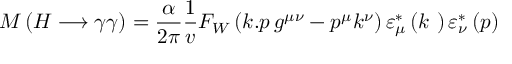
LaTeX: { \cal M } \left( H \longrightarrow \gamma \gamma \right) = \frac { \alpha } { 2 \pi } \frac { 1 } { v } F _ { W } \left( k . p \, g ^ { \mu \nu } - p ^ { \mu } k ^ { \nu } \right) \varepsilon _ { \mu } ^ { \ast } \left( k ~ \right) \varepsilon _ { \nu } ^ { \ast } \left( p \right)